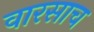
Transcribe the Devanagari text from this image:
वारसाच